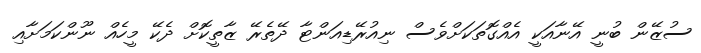
ސުޒޭން ބުނީ އޭނާއަކީ އެއްގޮތަކަށްވެސް ނިއުރޭޑިއަންޓާ ދޭތެރޭ ޒާތީކޮށް ދެކޭ މީހެއް ނޫންކަމަށާއި